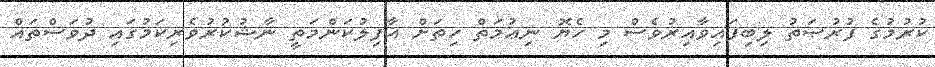
ކުރުމުގެ ފުރުޞަތު ލިބިފައިވާއިރުވެސް މި ހެޔޮ ނިޢުމަތް ހިތަށް ޣާފިލުކަންމަތީ ނާޝުކުރުވެރިކަމުގައި ދުވަސްތައް